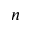
n